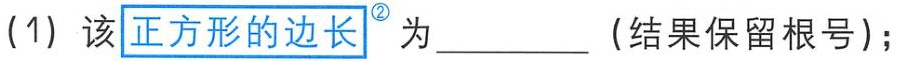
(1) 该\({\boxed{\text{正方形的边长}}}^{\textcircled{2}}\)为__________（结果保留根号）；